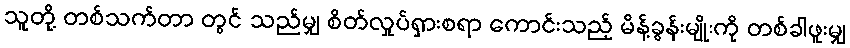
သူတို့ တစ်သက်တာ တွင် သည်မျှ စိတ်လှုပ်ရှားစရာ ကောင်းသည့် မိန့်ခွန်းမျိုးကို တစ်ခါဖူးမျှ